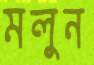
মলুন